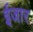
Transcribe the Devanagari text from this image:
ईजार